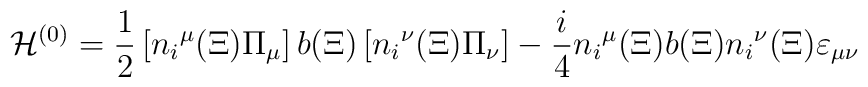
{\cal H}^{(0)}={1\over2}\left[{n_i}^\mu(\Xi)\Pi_\mu\right]                         b(\Xi)                        \left[{n_i}^\nu(\Xi)\Pi_\nu\right]-{i\over4}{n_i}^\mu(\Xi) b(\Xi){n_i}^\nu(\Xi)\varepsilon_{\mu\nu}